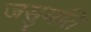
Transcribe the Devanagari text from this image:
जसुमति